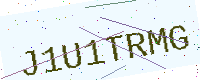
Text: J1U1TRMG